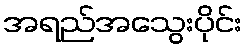
အရည်အသွေးပိုင်း